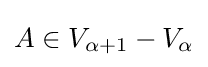
A\in V_{\alpha +1}-V_{\alpha }